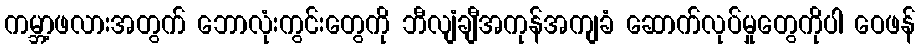
ကမ္ဘာ့ဖလားအတွက် ဘောလုံးကွင်းတွေကို ဘီလျံချီအကုန်အကျခံ ဆောက်လုပ်မှုတွေကိုပါ ဝေဖန်